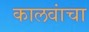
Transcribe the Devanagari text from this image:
कालवांचा